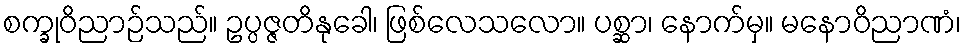
စက္ခုဝိညာဉ်သည်။ ဥပ္ပဇ္ဇတိနုခေါ၊ ဖြစ်လေသလော။ ပစ္ဆာ၊ နောက်မှ။ မနောဝိညာဏံ၊